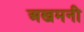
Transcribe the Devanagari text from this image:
अखमनी